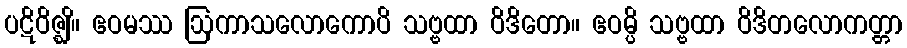
ပဋိဝိဇ္ဈိ။ ဧဝမဿ ဩကာသလောကောပိ သဗ္ဗထာ ဝိဒိတော။ ဧဝမ္ပိ သဗ္ဗထာ ဝိဒိတလောကတ္တာ